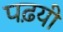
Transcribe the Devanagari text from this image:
पढ़यी